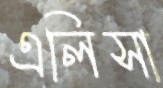
এলিসা